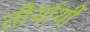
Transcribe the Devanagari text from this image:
तीर्थार्थी